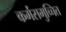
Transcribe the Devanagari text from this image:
कर्मसमुच्चित